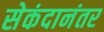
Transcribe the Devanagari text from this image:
सेकंदानंतर